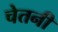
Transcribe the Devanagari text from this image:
चेतनी